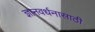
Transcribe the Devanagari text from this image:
ज्ञानवर्धनासाठी